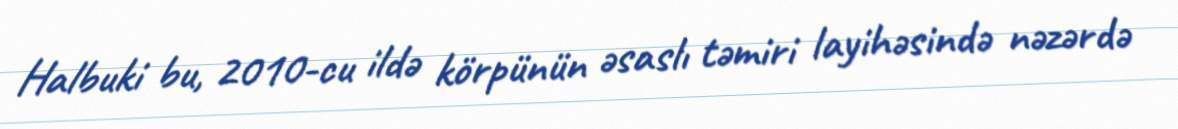
Halbuki bu, 2010-cu ildə körpünün əsaslı təmiri layihəsində nəzərdə